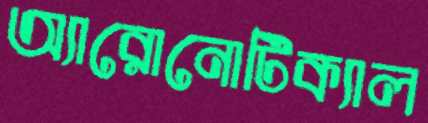
অ্যারোনোটিক্যাল